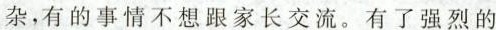
杂，有的事情不想跟家长交流。有了强烈的